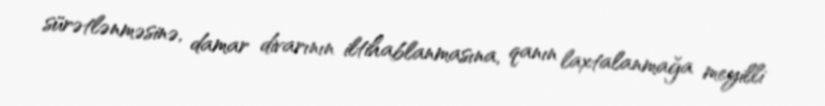
sürətlənməsinə, damar divarının iltihablanmasına, qanın laxtalanmağa meyilli